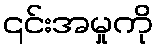
၎င်းအမှုကို